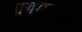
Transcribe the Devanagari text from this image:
आगमनकाल